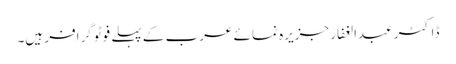
ڈاکٹر عبدالغفار جزیرہ نما ئے عرب کے پہلے فوٹو گرافر ہیں۔